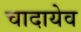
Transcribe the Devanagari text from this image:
चादायेव